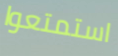
استمتعوا